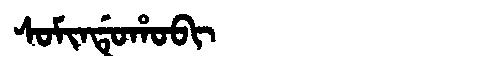
Manchu: ᠰᠣᠮᡳᠨᡩᡠᡥᠣᠪᡳ
Romanization: SOMINDUHOBI